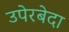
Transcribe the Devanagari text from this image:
उपेरबेदा